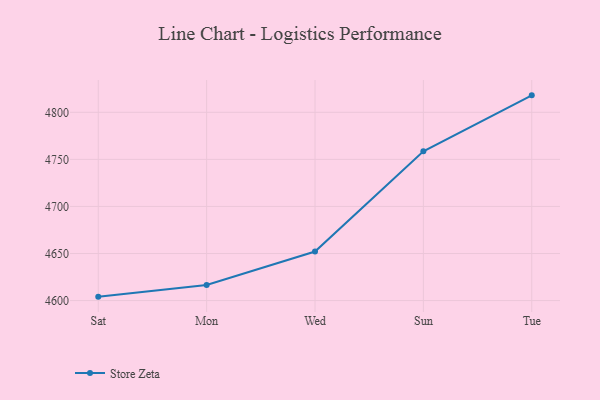
{"axis": {"x": "Day", "y": "Headcount"}, "legend": ["Store Zeta"], "data": [{"x": "Sat", "y": 4604.2, "type": "Store Zeta"}, {"x": "Mon", "y": 4616.6, "type": "Store Zeta"}, {"x": "Wed", "y": 4652.1, "type": "Store Zeta"}, {"x": "Sun", "y": 4758.6, "type": "Store Zeta"}, {"x": "Tue", "y": 4818.0, "type": "Store Zeta"}]}